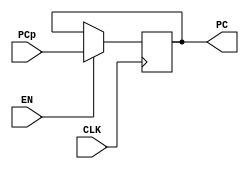
`timescale 1ns / 1ps

module ProgramCounter #(parameter AWL = 6, DWL = 32, DEPTH = 2**AWL)
                       (input CLK, EN,
                        input [DWL-1:0] PCp,
                        output reg [DWL-1:0] PC);
    
initial PC = 20;
    
    always @ (posedge CLK) begin
        if (EN)
            PC <= PCp;
    end
    
endmodule